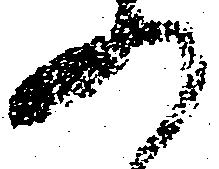
の